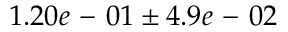
1 . 2 0 e \mathrm { ~ - ~ } 0 1 \pm 4 . 9 e \mathrm { ~ - ~ } 0 2